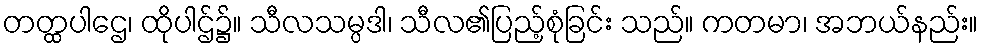
တတ္ထပါဌေ၊ ထိုပါဌ်၌။ သီလသမ္ပဒါ၊ သီလ၏ပြည့်စုံခြင်း သည်။ ကတမာ၊ အဘယ်နည်း။